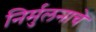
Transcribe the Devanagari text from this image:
निर्मुलनाचे